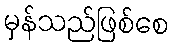
မှန်သည်ဖြစ်စေ